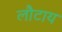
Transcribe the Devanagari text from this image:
लौटाय